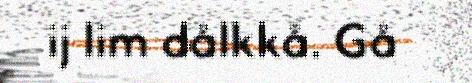
ij lim dålkkå. Gå